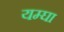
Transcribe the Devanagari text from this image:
यम्घा